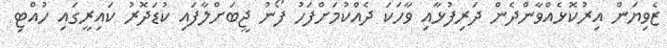
ޒެވިޔަން އިރުކޮޅެއްވާންދެން ދަރިފުޅާއި ވާހަކަ ދެއްކުމަށްފަހު ފޯނު ޖީބަށްލާފައި ކުޑަދޮރު ކައިރީގައި ހުއްޓި